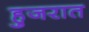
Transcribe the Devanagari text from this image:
हुजरात